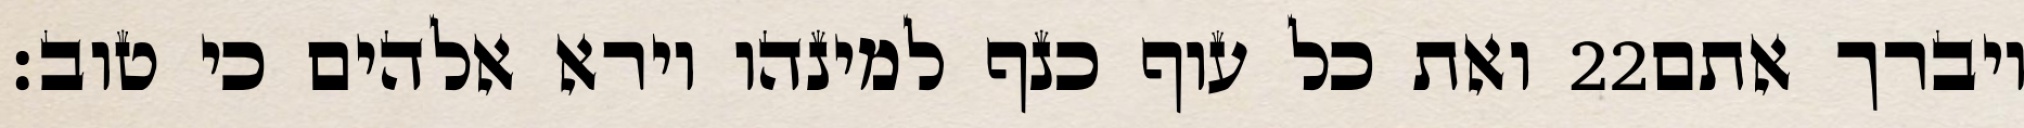
ואת כל עוף כנף למינהו וירא אלהים כי טוב׃ ‎22‏ ויברך אתם